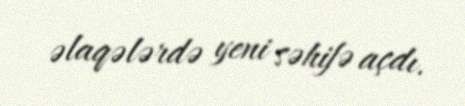
əlaqələrdə yeni səhifə açdı.